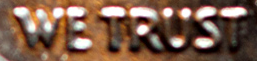
WE TRUST